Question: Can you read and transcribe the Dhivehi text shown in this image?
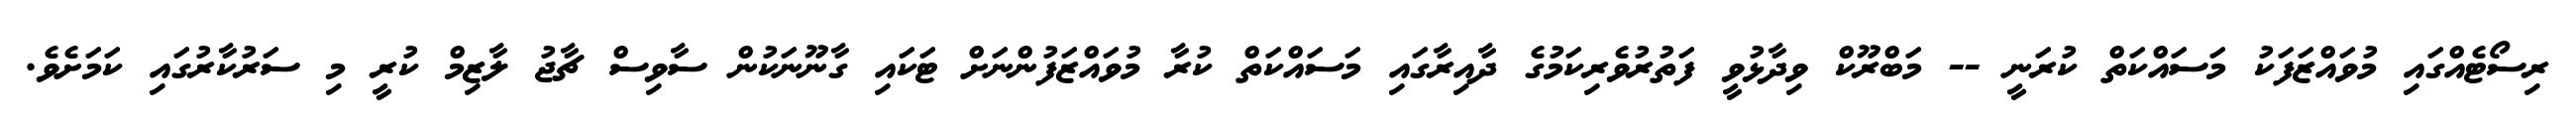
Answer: ރިސޯޓެއްގައި މުވައްޒަފަކު މަސައްކަތް ކުރަނީ -- މަބްރޫކް ވިދާޅުވީ ފަތުރުވެރިކަމުގެ ދާއިރާގައި މަސައްކަތް ކުރާ މުވައްޒަފުންނަށް ޓަކައި ގާނޫނަކުން ސާވިސް ޗާޖު ލާޒިމް ކުރީ މި ސަރުކާރުގައި ކަމަށެވެ.